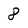
Character: 8